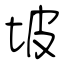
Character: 坡